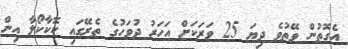
އެގޮތުން ވޭތުވެ ދިޔަ 25 ވަރަކަށް އަހަރު ދުވަހުގެ ތެރޭގައި ކޮކާކޯލާ އިން